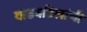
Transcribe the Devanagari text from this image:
वाडवडिलांची